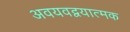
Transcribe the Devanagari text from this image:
अवयवद्वयात्मक